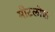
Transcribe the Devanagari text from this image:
मीटलोफ़